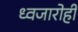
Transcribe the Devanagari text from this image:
ध्वजारोही